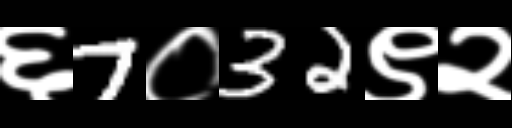
Text: ६7०32९२